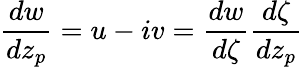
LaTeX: \frac{dw}{dz_{p}}=u-iv=\frac{dw}{d\zeta}\frac{d\zeta}{dz_{p}}